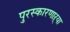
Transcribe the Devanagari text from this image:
पुरस्कारणाऱ्या